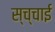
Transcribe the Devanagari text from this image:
स्च्चाई